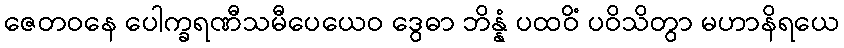
ဇေတဝနေ ပေါက္ခရဏီသမီပေယေဝ ဒွေဓာ ဘိန္နံ ပထဝိံ ပဝိသိတွာ မဟာနိရယေ